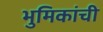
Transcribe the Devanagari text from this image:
भुमिकांची